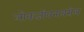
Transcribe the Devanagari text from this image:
लोकजीवनावरील